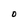
Character: O